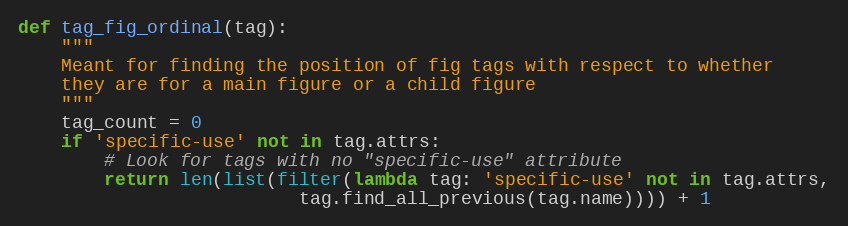
Language: Python
def tag_fig_ordinal(tag):
    """
    Meant for finding the position of fig tags with respect to whether
    they are for a main figure or a child figure
    """
    tag_count = 0
    if 'specific-use' not in tag.attrs:
        # Look for tags with no "specific-use" attribute
        return len(list(filter(lambda tag: 'specific-use' not in tag.attrs,
                          tag.find_all_previous(tag.name)))) + 1